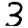
Digit: 3